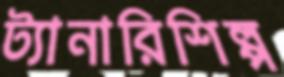
ট্যানারিশিল্প